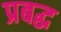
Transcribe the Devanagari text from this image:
प्रबद्ध